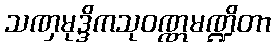
သဏှမုဒ္ဒိကသုဝဏ္ဏမဏ္ဍိတာ